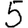
Digit: 5